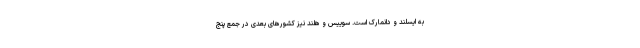
به ایسلند و دانمارک است. سوییس و هلند نیز کشورهای بعدی در جمع پنج